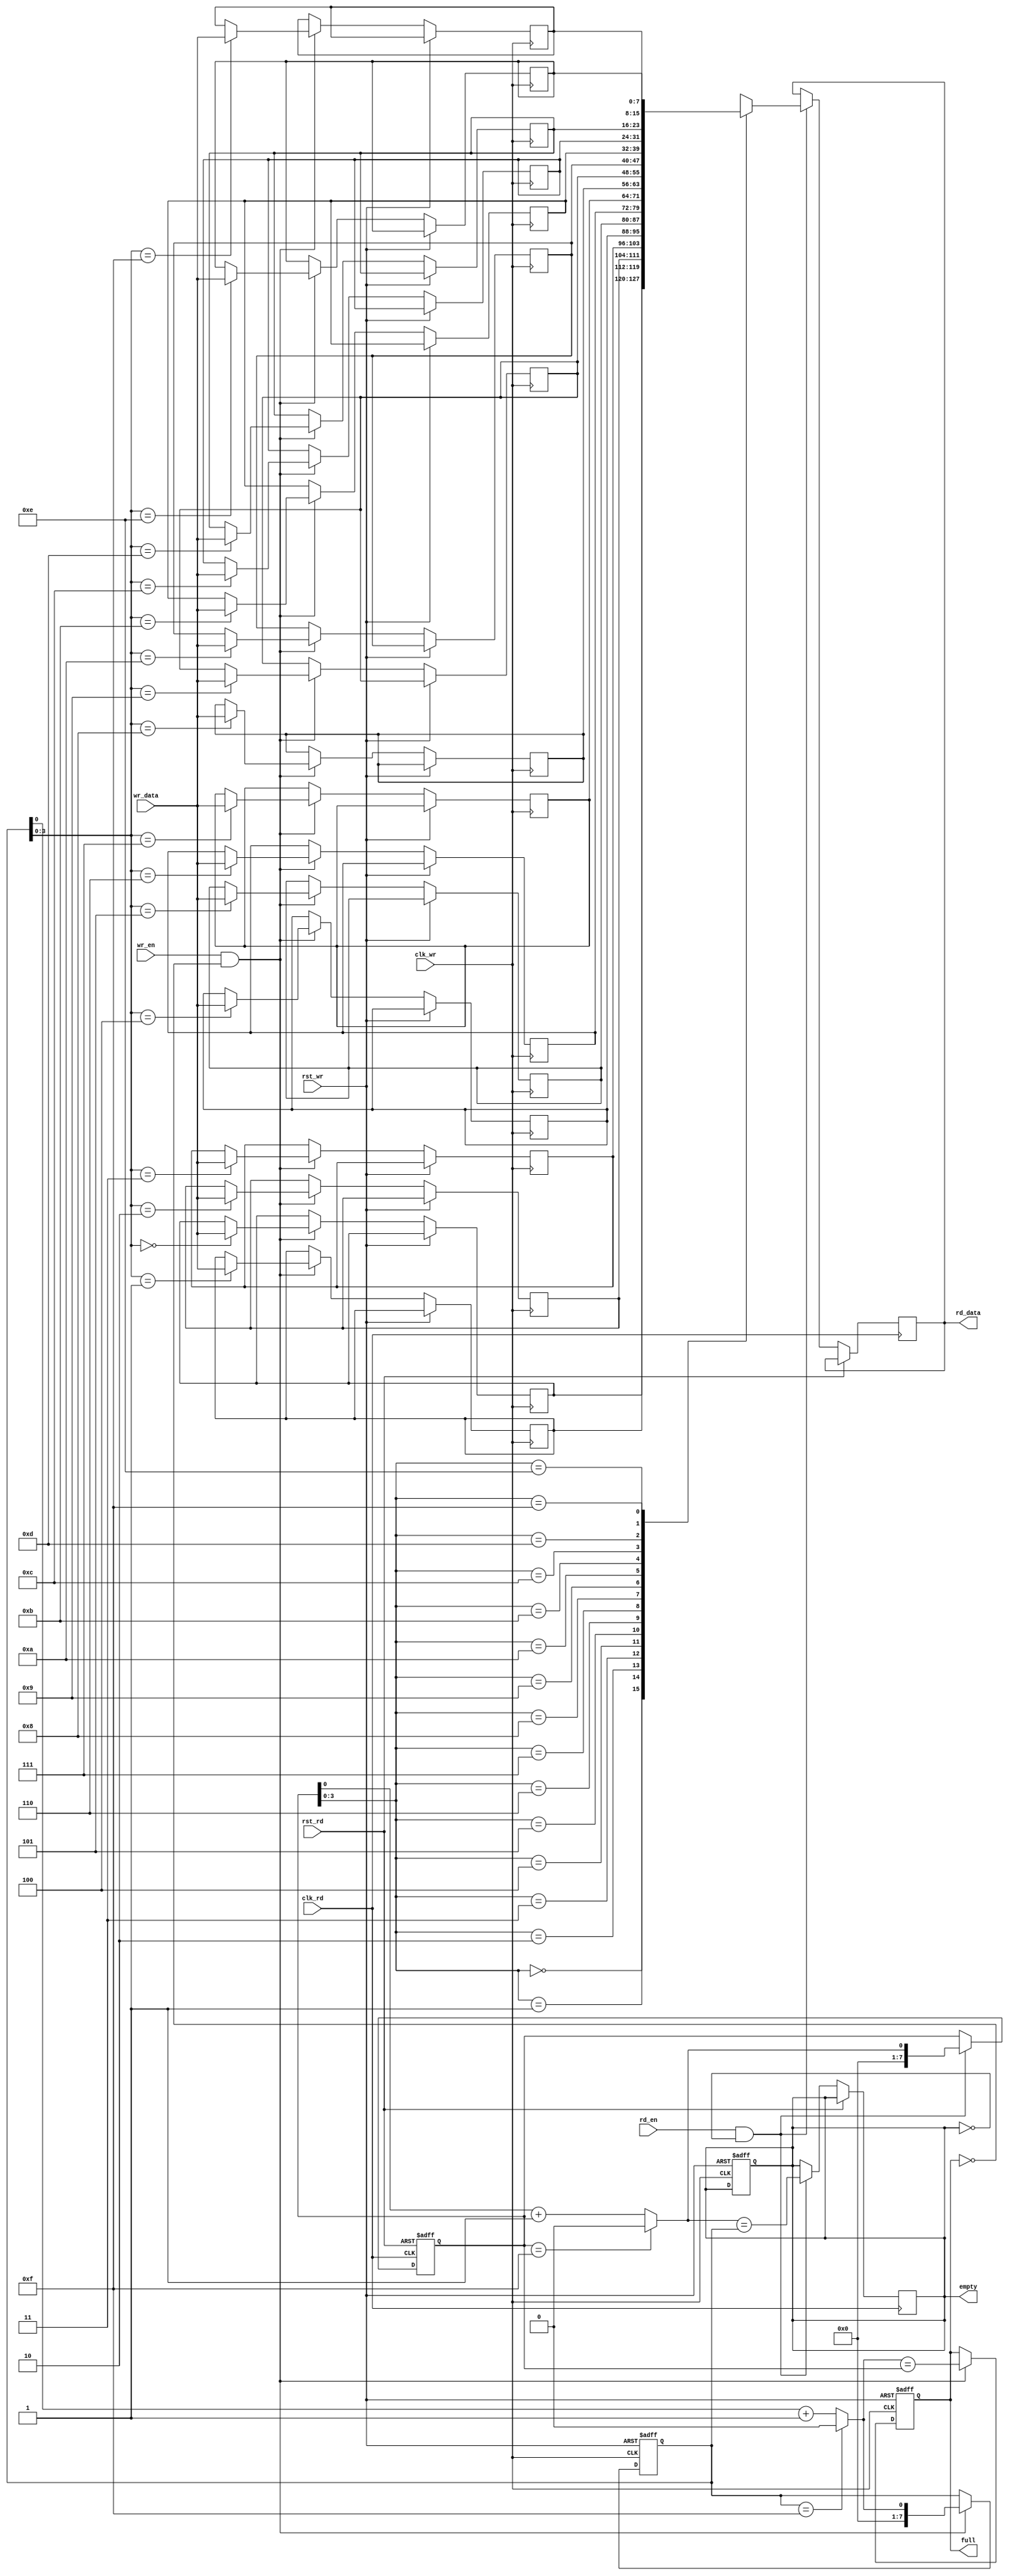
module async_fifo (
  input wire clk_wr,
  input wire rst_wr,
  input wire wr_en,
  input wire [DATA_WIDTH-1:0] wr_data,
  input wire clk_rd,
  input wire rst_rd,
  input wire rd_en,
  output wire [DATA_WIDTH-1:0] rd_data,
  output wire empty,
  output wire full
);

parameter DATA_WIDTH = 8;
parameter FIFO_DEPTH = 16;

reg [DATA_WIDTH-1:0] mem [0:FIFO_DEPTH-1];
reg [DATA_WIDTH-1:0] rd_data_reg;
reg [DATA_WIDTH-1:0] wr_ptr;
reg [DATA_WIDTH-1:0] rd_ptr;
reg empty_reg;
reg full_reg;

wire [DATA_WIDTH-1:0] mem_data;
wire rd_ptr_next;
wire wr_ptr_next;
wire empty_next;
wire full_next;

assign rd_data = rd_data_reg;
assign empty = empty_reg;
assign full = full_reg;

always @(posedge clk_wr or posedge rst_wr) begin
  if (rst_wr) begin
    wr_ptr <= 0;
    empty_reg <= 1;
    full_reg <= 0;
  end else if (wr_en && !full_reg) begin
    mem[wr_ptr] <= wr_data;
    wr_ptr <= wr_ptr_next;
    full_reg <= (wr_ptr_next == rd_ptr);
  end
end

always @(posedge clk_rd or posedge rst_rd) begin
  if (rst_rd) begin
    rd_ptr <= 0;
  end else if (rd_en && !empty_reg) begin
    rd_data_reg <= mem[rd_ptr];
    rd_ptr <= rd_ptr_next;
    empty_reg <= (rd_ptr_next == wr_ptr);
  end
end

assign mem_data = mem[rd_ptr];
assign wr_ptr_next = (wr_ptr == FIFO_DEPTH-1) ? 0 : wr_ptr + 1;
assign rd_ptr_next = (rd_ptr == FIFO_DEPTH-1) ? 0 : rd_ptr + 1;
assign empty_next = (empty_reg && !rd_en) ? 1 : empty_reg;
assign full_next = (full_reg && !wr_en) ? 1 : full_reg;

endmodule